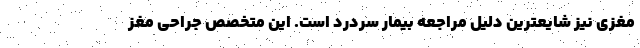
مغزی نیز شایعترین دلیل مراجعه بیمار سردرد است. این متخصص جراحی مغز